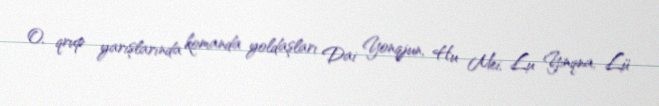
O, qrup yarışlarında komanda yoldaşları Dai Yonqjun, Hu Mei, Lu Yinqna, Lü